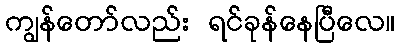
ကျွန်တော်လည်း ရင်ခုန်နေပြီလေ။